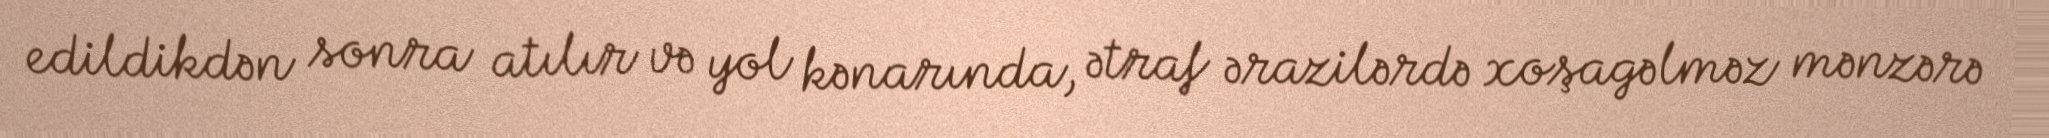
edildikdən sonra atılır və yol kənarında, ətraf ərazilərdə xoşagəlməz mənzərə